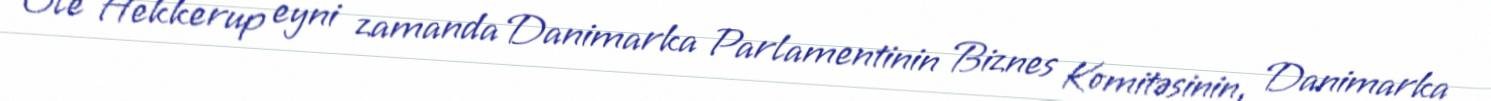
Ole Hekkerup eyni zamanda Danimarka Parlamentinin Biznes Komitəsinin, Danimarka